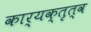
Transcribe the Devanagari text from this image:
कार्यक्तृत्व